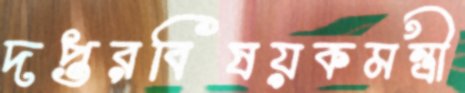
দপ্তরবিষয়কমন্ত্রী